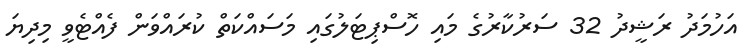
އަހުމަދު ރަޝީދު 32 ސަރުކާރުގެ މައި ހޮސްޕިޓަލުގައި މަސައްކަތް ކުރައްވަން ފެއްޓެވީ މިދިޔަ